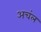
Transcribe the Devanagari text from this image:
अचंल